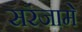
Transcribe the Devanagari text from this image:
सरंजामे